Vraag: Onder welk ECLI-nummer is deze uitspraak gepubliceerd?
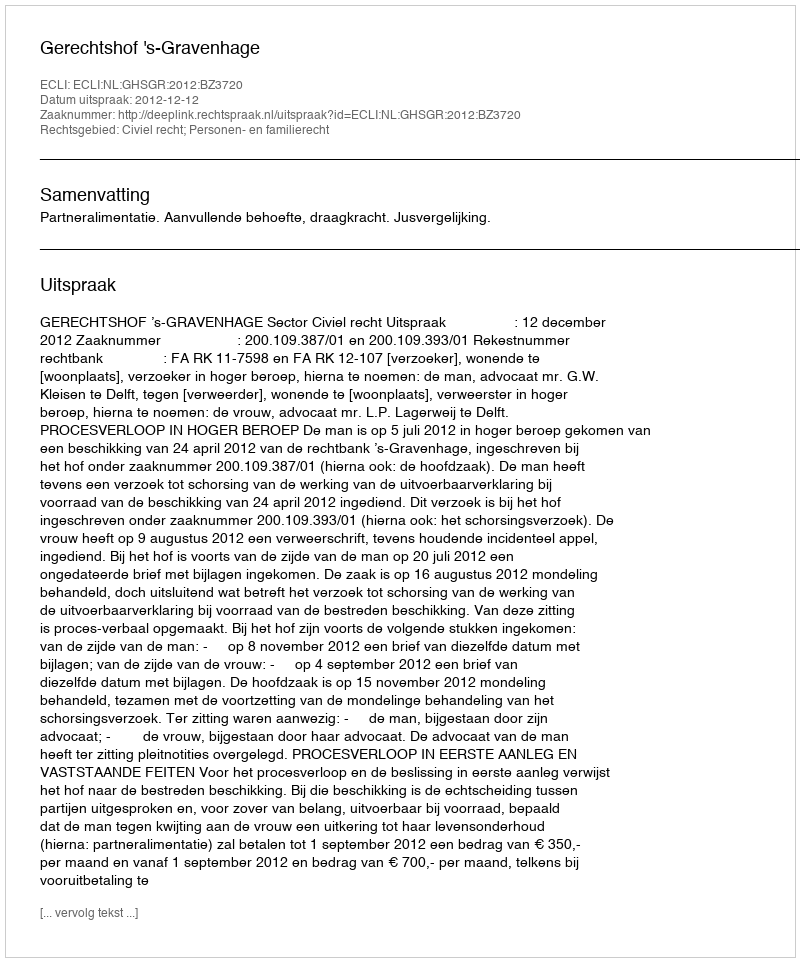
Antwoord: ECLI:NL:GHSGR:2012:BZ3720